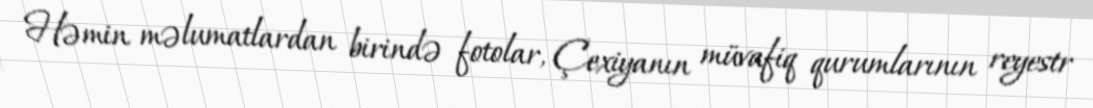
Həmin məlumatlardan birində fotolar, Çexiyanın müvafiq qurumlarının reyestr